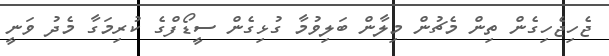
ޖެހިޖެހިގެން ތިން މެޗުން މިލާން ބަލިވުމާ ގުޅިގެން ސީޑޯފްގެ ކުރިމަގާ މެދު ވަނީ